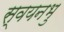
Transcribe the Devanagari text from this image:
स्वयनभु